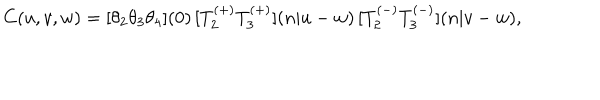
C ( u , v , w ) = { [ } \theta _ { 2 } \theta _ { 3 } \theta _ { 4 } { ] } ( 0 ) \, { [ } T _ { 2 } ^ { ( + ) } T _ { 3 } ^ { ( + ) } { ] } ( n | u - w ) \, { [ } T _ { 2 } ^ { ( - ) } T _ { 3 } ^ { ( - ) } { ] } ( n | v - w ) ,